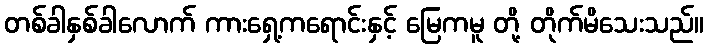
တစ်ခါနှစ်ခါလောက် ကားရှေ့ကရောင်းနှင့် မြေကမူ တို့ တိုက်မိသေးသည်။